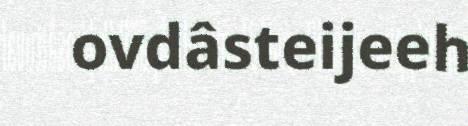
ovdâsteijeeh